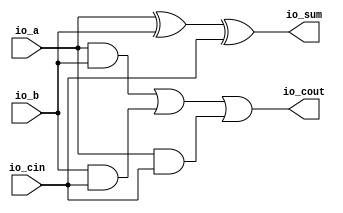
module FullAdder(
  input   io_a,
  input   io_b,
  input   io_cin,
  output  io_sum,
  output  io_cout
);
  wire  a_xor_b = io_a ^ io_b; // @[FullAdder.scala 16:22]
  wire  a_and_b = io_a & io_b; // @[FullAdder.scala 19:22]
  wire  b_and_cin = io_b & io_cin; // @[FullAdder.scala 20:24]
  wire  a_and_cin = io_a & io_cin; // @[FullAdder.scala 21:24]
  wire  _T_1 = a_and_b | b_and_cin; // @[FullAdder.scala 22:22]
  assign io_sum = a_xor_b ^ io_cin; // @[FullAdder.scala 17:10]
  assign io_cout = _T_1 | a_and_cin; // @[FullAdder.scala 22:11]
endmodule
module Adder(
  input        clock,
  input        reset,
  input  [7:0] io_A,
  input  [7:0] io_B,
  input        io_Cin,
  output [7:0] io_Sum,
  output       io_Cout
);
  wire  FullAdder_io_a; // @[Adder.scala 19:35]
  wire  FullAdder_io_b; // @[Adder.scala 19:35]
  wire  FullAdder_io_cin; // @[Adder.scala 19:35]
  wire  FullAdder_io_sum; // @[Adder.scala 19:35]
  wire  FullAdder_io_cout; // @[Adder.scala 19:35]
  wire  FullAdder_1_io_a; // @[Adder.scala 19:35]
  wire  FullAdder_1_io_b; // @[Adder.scala 19:35]
  wire  FullAdder_1_io_cin; // @[Adder.scala 19:35]
  wire  FullAdder_1_io_sum; // @[Adder.scala 19:35]
  wire  FullAdder_1_io_cout; // @[Adder.scala 19:35]
  wire  FullAdder_2_io_a; // @[Adder.scala 19:35]
  wire  FullAdder_2_io_b; // @[Adder.scala 19:35]
  wire  FullAdder_2_io_cin; // @[Adder.scala 19:35]
  wire  FullAdder_2_io_sum; // @[Adder.scala 19:35]
  wire  FullAdder_2_io_cout; // @[Adder.scala 19:35]
  wire  FullAdder_3_io_a; // @[Adder.scala 19:35]
  wire  FullAdder_3_io_b; // @[Adder.scala 19:35]
  wire  FullAdder_3_io_cin; // @[Adder.scala 19:35]
  wire  FullAdder_3_io_sum; // @[Adder.scala 19:35]
  wire  FullAdder_3_io_cout; // @[Adder.scala 19:35]
  wire  FullAdder_4_io_a; // @[Adder.scala 19:35]
  wire  FullAdder_4_io_b; // @[Adder.scala 19:35]
  wire  FullAdder_4_io_cin; // @[Adder.scala 19:35]
  wire  FullAdder_4_io_sum; // @[Adder.scala 19:35]
  wire  FullAdder_4_io_cout; // @[Adder.scala 19:35]
  wire  FullAdder_5_io_a; // @[Adder.scala 19:35]
  wire  FullAdder_5_io_b; // @[Adder.scala 19:35]
  wire  FullAdder_5_io_cin; // @[Adder.scala 19:35]
  wire  FullAdder_5_io_sum; // @[Adder.scala 19:35]
  wire  FullAdder_5_io_cout; // @[Adder.scala 19:35]
  wire  FullAdder_6_io_a; // @[Adder.scala 19:35]
  wire  FullAdder_6_io_b; // @[Adder.scala 19:35]
  wire  FullAdder_6_io_cin; // @[Adder.scala 19:35]
  wire  FullAdder_6_io_sum; // @[Adder.scala 19:35]
  wire  FullAdder_6_io_cout; // @[Adder.scala 19:35]
  wire  FullAdder_7_io_a; // @[Adder.scala 19:35]
  wire  FullAdder_7_io_b; // @[Adder.scala 19:35]
  wire  FullAdder_7_io_cin; // @[Adder.scala 19:35]
  wire  FullAdder_7_io_sum; // @[Adder.scala 19:35]
  wire  FullAdder_7_io_cout; // @[Adder.scala 19:35]
  wire  sum_0 = FullAdder_io_sum; // @[Adder.scala 32:26]
  wire  sum_1 = FullAdder_1_io_sum; // @[Adder.scala 32:26]
  wire  sum_2 = FullAdder_2_io_sum; // @[Adder.scala 32:26]
  wire  sum_3 = FullAdder_3_io_sum; // @[Adder.scala 32:26]
  wire  sum_4 = FullAdder_4_io_sum; // @[Adder.scala 32:26]
  wire  sum_5 = FullAdder_5_io_sum; // @[Adder.scala 32:26]
  wire  sum_6 = FullAdder_6_io_sum; // @[Adder.scala 32:26]
  wire  sum_7 = FullAdder_7_io_sum; // @[Adder.scala 32:26]
  wire [3:0] _T_26 = {sum_3,sum_2,sum_1,sum_0}; // @[Adder.scala 34:17]
  wire [3:0] _T_29 = {sum_7,sum_6,sum_5,sum_4}; // @[Adder.scala 34:17]
  FullAdder FullAdder ( // @[Adder.scala 19:35]
    .io_a(FullAdder_io_a),
    .io_b(FullAdder_io_b),
    .io_cin(FullAdder_io_cin),
    .io_sum(FullAdder_io_sum),
    .io_cout(FullAdder_io_cout)
  );
  FullAdder FullAdder_1 ( // @[Adder.scala 19:35]
    .io_a(FullAdder_1_io_a),
    .io_b(FullAdder_1_io_b),
    .io_cin(FullAdder_1_io_cin),
    .io_sum(FullAdder_1_io_sum),
    .io_cout(FullAdder_1_io_cout)
  );
  FullAdder FullAdder_2 ( // @[Adder.scala 19:35]
    .io_a(FullAdder_2_io_a),
    .io_b(FullAdder_2_io_b),
    .io_cin(FullAdder_2_io_cin),
    .io_sum(FullAdder_2_io_sum),
    .io_cout(FullAdder_2_io_cout)
  );
  FullAdder FullAdder_3 ( // @[Adder.scala 19:35]
    .io_a(FullAdder_3_io_a),
    .io_b(FullAdder_3_io_b),
    .io_cin(FullAdder_3_io_cin),
    .io_sum(FullAdder_3_io_sum),
    .io_cout(FullAdder_3_io_cout)
  );
  FullAdder FullAdder_4 ( // @[Adder.scala 19:35]
    .io_a(FullAdder_4_io_a),
    .io_b(FullAdder_4_io_b),
    .io_cin(FullAdder_4_io_cin),
    .io_sum(FullAdder_4_io_sum),
    .io_cout(FullAdder_4_io_cout)
  );
  FullAdder FullAdder_5 ( // @[Adder.scala 19:35]
    .io_a(FullAdder_5_io_a),
    .io_b(FullAdder_5_io_b),
    .io_cin(FullAdder_5_io_cin),
    .io_sum(FullAdder_5_io_sum),
    .io_cout(FullAdder_5_io_cout)
  );
  FullAdder FullAdder_6 ( // @[Adder.scala 19:35]
    .io_a(FullAdder_6_io_a),
    .io_b(FullAdder_6_io_b),
    .io_cin(FullAdder_6_io_cin),
    .io_sum(FullAdder_6_io_sum),
    .io_cout(FullAdder_6_io_cout)
  );
  FullAdder FullAdder_7 ( // @[Adder.scala 19:35]
    .io_a(FullAdder_7_io_a),
    .io_b(FullAdder_7_io_b),
    .io_cin(FullAdder_7_io_cin),
    .io_sum(FullAdder_7_io_sum),
    .io_cout(FullAdder_7_io_cout)
  );
  assign io_Sum = {_T_29,_T_26}; // @[Adder.scala 34:10]
  assign io_Cout = FullAdder_7_io_cout; // @[Adder.scala 35:11]
  assign FullAdder_io_a = io_A[0]; // @[Adder.scala 28:14]
  assign FullAdder_io_b = io_B[0]; // @[Adder.scala 29:14]
  assign FullAdder_io_cin = io_Cin; // @[Adder.scala 30:16]
  assign FullAdder_1_io_a = io_A[1]; // @[Adder.scala 28:14]
  assign FullAdder_1_io_b = io_B[1]; // @[Adder.scala 29:14]
  assign FullAdder_1_io_cin = FullAdder_io_cout; // @[Adder.scala 30:16]
  assign FullAdder_2_io_a = io_A[2]; // @[Adder.scala 28:14]
  assign FullAdder_2_io_b = io_B[2]; // @[Adder.scala 29:14]
  assign FullAdder_2_io_cin = FullAdder_1_io_cout; // @[Adder.scala 30:16]
  assign FullAdder_3_io_a = io_A[3]; // @[Adder.scala 28:14]
  assign FullAdder_3_io_b = io_B[3]; // @[Adder.scala 29:14]
  assign FullAdder_3_io_cin = FullAdder_2_io_cout; // @[Adder.scala 30:16]
  assign FullAdder_4_io_a = io_A[4]; // @[Adder.scala 28:14]
  assign FullAdder_4_io_b = io_B[4]; // @[Adder.scala 29:14]
  assign FullAdder_4_io_cin = FullAdder_3_io_cout; // @[Adder.scala 30:16]
  assign FullAdder_5_io_a = io_A[5]; // @[Adder.scala 28:14]
  assign FullAdder_5_io_b = io_B[5]; // @[Adder.scala 29:14]
  assign FullAdder_5_io_cin = FullAdder_4_io_cout; // @[Adder.scala 30:16]
  assign FullAdder_6_io_a = io_A[6]; // @[Adder.scala 28:14]
  assign FullAdder_6_io_b = io_B[6]; // @[Adder.scala 29:14]
  assign FullAdder_6_io_cin = FullAdder_5_io_cout; // @[Adder.scala 30:16]
  assign FullAdder_7_io_a = io_A[7]; // @[Adder.scala 28:14]
  assign FullAdder_7_io_b = io_B[7]; // @[Adder.scala 29:14]
  assign FullAdder_7_io_cin = FullAdder_6_io_cout; // @[Adder.scala 30:16]
endmodule